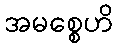
အမစ္စေဟိ